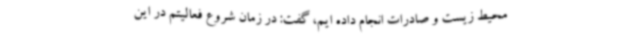
محیط زیست و صادرات انجام داده ایم، گفت: در زمان شروع فعالیتم در این